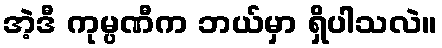
အဲ့ဒီ ကုမ္ပဏီက ဘယ်မှာ ရှိပါသလဲ။